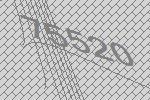
75520